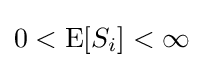
0<\operatorname {E} [S_{i}]<\infty